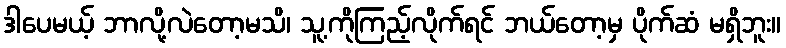
ဒါပေမယ့် ဘာလို့လဲတော့မသိ၊ သူ့ကိုကြည့်လိုက်ရင် ဘယ်တော့မှ ပိုက်ဆံ မရှိဘူး။